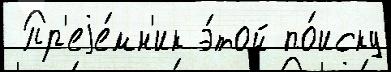
 Пр'еjе́мн'ик э́той по́иску